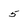
Character: 5